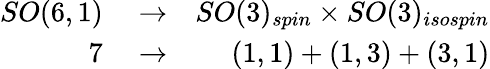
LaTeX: \begin{array}{rlr}{SO(6,1)}&{{}\rightarrow}&{SO(3)_{spin}\times SO(3)_{isospin}}\\ {7}&{{}\rightarrow}&{(1,1)+(1,3)+(3,1)}\end{array}